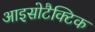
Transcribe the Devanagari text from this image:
आइसोटैक्टिक